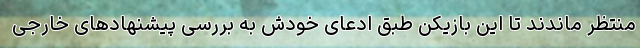
منتظر ماندند تا این بازیکن طبق ادعای خودش به بررسی پیشنهادهای خارجی